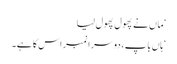
‘ ماں نے پھول پھول لیا
‘ہاں باپ ، دوسرا نمبر اس کا ہے۔